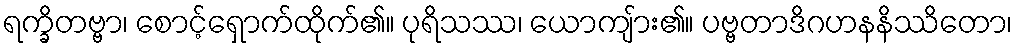
ရက္ခိတဗ္ဗာ၊ စောင့်ရှောက်ထိုက်၏။ ပုရိသဿ၊ ယောကျ်ား၏။ ပဗ္ဗတာဒိဂဟနနိဿိတော၊